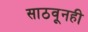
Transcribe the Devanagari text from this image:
साठवूनही